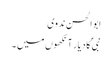
ابو الحسن ندوی
نبیؐ کا دیار آنکھوں میں ۔